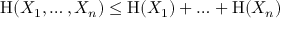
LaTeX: \mathrm { H } ( X _ { 1 } , \ldots , X _ { n } ) \leq \mathrm { H } ( X _ { 1 } ) + \ldots + \mathrm { H } ( X _ { n } )